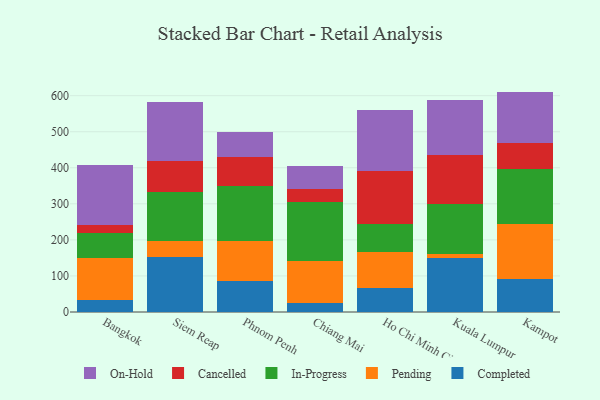
{"axis": {"x": "City", "y": "Net Income (USD K)"}, "legend": ["Cancelled", "Completed", "In-Progress", "On-Hold", "Pending"], "data": [{"x": "Bangkok", "y": 33.5, "type": "Completed"}, {"x": "Bangkok", "y": 116.0, "type": "Pending"}, {"x": "Bangkok", "y": 70.4, "type": "In-Progress"}, {"x": "Bangkok", "y": 22.8, "type": "Cancelled"}, {"x": "Bangkok", "y": 164.0, "type": "On-Hold"}, {"x": "Siem Reap", "y": 151.5, "type": "Completed"}, {"x": "Siem Reap", "y": 44.1, "type": "Pending"}, {"x": "Siem Reap", "y": 136.8, "type": "In-Progress"}, {"x": "Siem Reap", "y": 87.8, "type": "Cancelled"}, {"x": "Siem Reap", "y": 161.2, "type": "On-Hold"}, {"x": "Phnom Penh", "y": 87.0, "type": "Completed"}, {"x": "Phnom Penh", "y": 111.2, "type": "Pending"}, {"x": "Phnom Penh", "y": 152.3, "type": "In-Progress"}, {"x": "Phnom Penh", "y": 79.1, "type": "Cancelled"}, {"x": "Phnom Penh", "y": 70.4, "type": "On-Hold"}, {"x": "Chiang Mai", "y": 25.6, "type": "Completed"}, {"x": "Chiang Mai", "y": 115.8, "type": "Pending"}, {"x": "Chiang Mai", "y": 163.2, "type": "In-Progress"}, {"x": "Chiang Mai", "y": 36.7, "type": "Cancelled"}, {"x": "Chiang Mai", "y": 62.3, "type": "On-Hold"}, {"x": "Ho Chi Minh City", "y": 66.0, "type": "Completed"}, {"x": "Ho Chi Minh City", "y": 100.8, "type": "Pending"}, {"x": "Ho Chi Minh City", "y": 78.2, "type": "In-Progress"}, {"x": "Ho Chi Minh City", "y": 145.4, "type": "Cancelled"}, {"x": "Ho Chi Minh City", "y": 169.2, "type": "On-Hold"}, {"x": "Kuala Lumpur", "y": 149.9, "type": "Completed"}, {"x": "Kuala Lumpur", "y": 11.6, "type": "Pending"}, {"x": "Kuala Lumpur", "y": 137.7, "type": "In-Progress"}, {"x": "Kuala Lumpur", "y": 137.0, "type": "Cancelled"}, {"x": "Kuala Lumpur", "y": 151.8, "type": "On-Hold"}, {"x": "Kampot", "y": 90.7, "type": "Completed"}, {"x": "Kampot", "y": 153.5, "type": "Pending"}, {"x": "Kampot", "y": 152.6, "type": "In-Progress"}, {"x": "Kampot", "y": 73.0, "type": "Cancelled"}, {"x": "Kampot", "y": 141.5, "type": "On-Hold"}]}